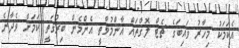
އެކަމަކު މިހާރު ވައިބަގެ ޗެޓް ލޮގްތައް އާންމުވާތީ އެންމެން ބިރުގަތީ ކަމަށް ވެދާނެ